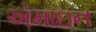
એમાઇન